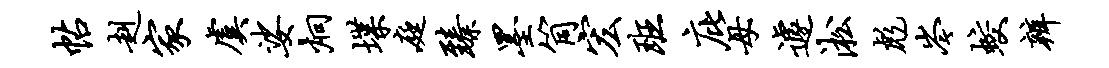
帖赳家虞娑炯堞庭臻墨筒宏班庇母遽淞彪岑蛟辨